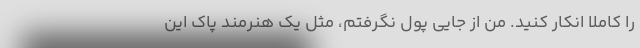
را کاملا انکار کنید. من از جایی پول نگرفتم، مثل یک هنرمند پاک این